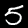
Digit: 5